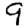
Digit: 9